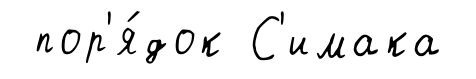
пор'я́док С'имака